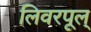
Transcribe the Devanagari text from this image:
लिवरपूल्